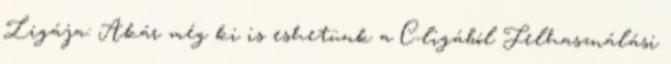
Ligája: Akár még ki is eshetünk a C-ligából Felhasználási